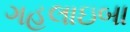
ગહલાઇબા